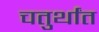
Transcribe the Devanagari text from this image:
चतुर्थांत